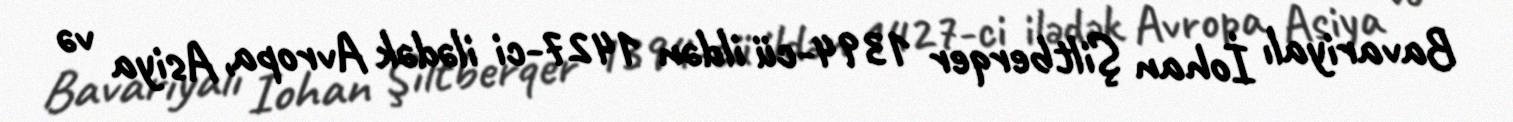
Bavariyalı İohan Şiltberqer 1394-cü ildən 1427-ci ilədək Avropa, Asiya və